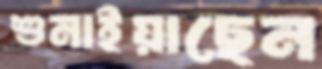
শুনাইয়াছেন